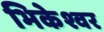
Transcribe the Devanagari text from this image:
भिकेश्वर